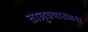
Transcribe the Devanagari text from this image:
तालुक्यातलया